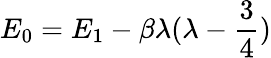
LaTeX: E_{0}=E_{1}-\beta\lambda(\lambda-\frac{3}{4})